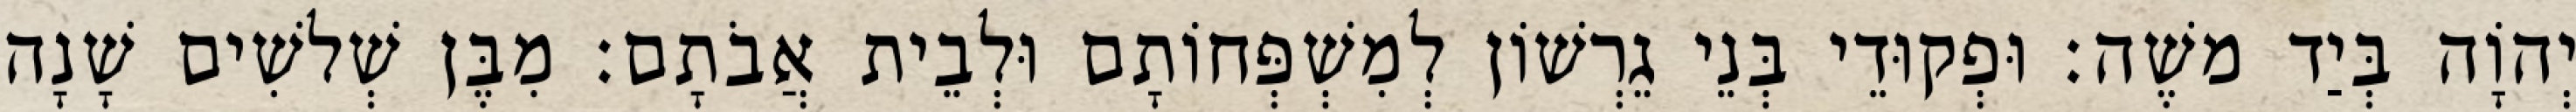
יְהוָֹה בְּיַד משֶׁה׃ וּפְקוּדֵי בְּנֵי גֵרְשׁוֹן לְמִשְׁפְּחוֹתָם וּלְבֵית אֲבֹתָם׃ מִבֶּן שְׁלשִׁים שָׁנָה